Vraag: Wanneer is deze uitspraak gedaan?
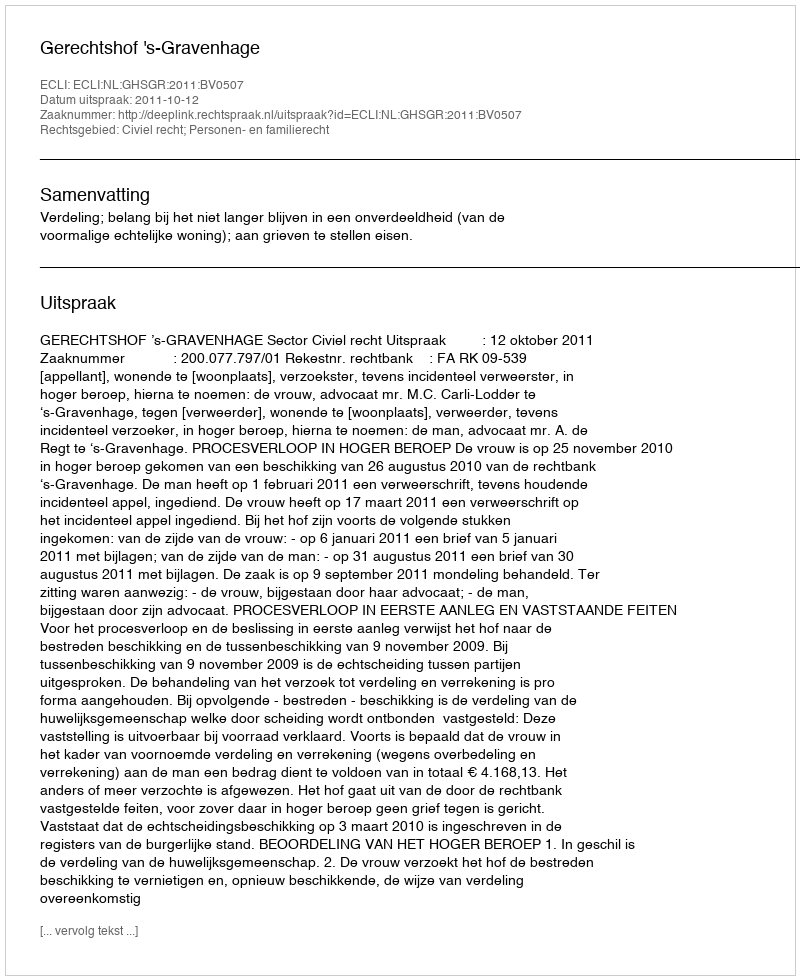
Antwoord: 2011-10-12